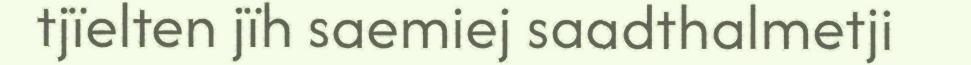
tjïelten jïh saemiej saadthalmetji